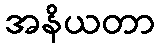
အနိယတာ